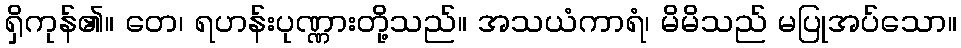
ရှိကုန်၏။ တေ၊ ရဟန်းပုဏ္ဏားတို့သည်။ အသယံကာရံ၊ မိမိသည် မပြုအပ်သော။